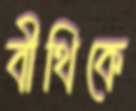
বীথিকে